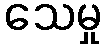
သေမှု